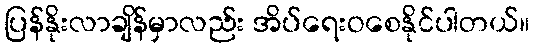
ပြန်နိုးလာချိန်မှာလည်း အိပ်ရေးဝစေနိုင်ပါတယ်။